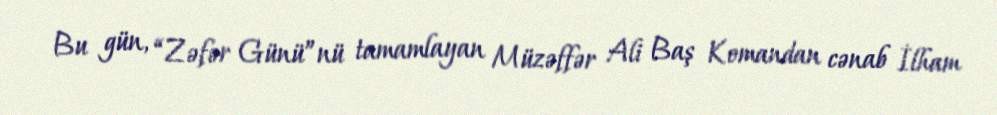
Bu gün, “Zəfər Günü”nü tamamlayan Müzəffər Ali Baş Komandan cənab İlham